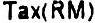
TAX(RM)